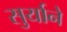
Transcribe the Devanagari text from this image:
सुर्याने